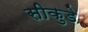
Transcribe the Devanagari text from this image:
सीकुडे